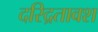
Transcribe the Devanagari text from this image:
दरिद्रतावश